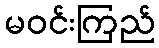
မဝင်းကြည်